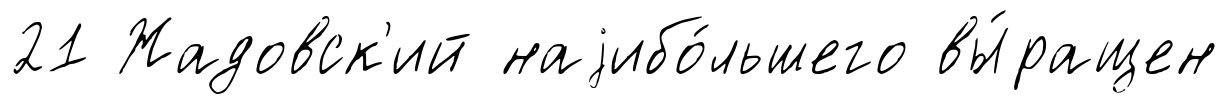
21 Жадовск'ий наjибо́льшего вы́ращен